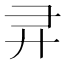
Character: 𫸖